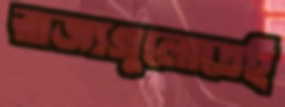
রাজ্যগুলোতেই